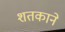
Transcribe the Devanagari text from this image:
शतकाने